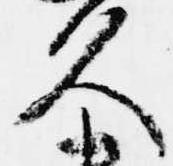
久